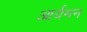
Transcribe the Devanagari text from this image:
आर्यमन